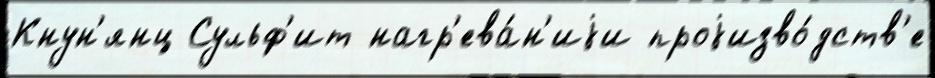
Кнун'янц Сульф'ит нагр'ева́н'иjи проjизво́дств'е